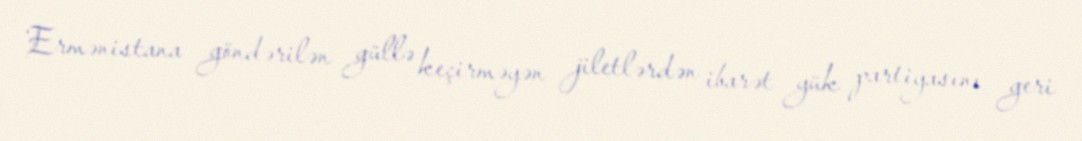
Ermənistana göndərilən güllə keçirməyən jiletlərdən ibarət yük partiyasını geri